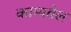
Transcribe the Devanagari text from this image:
काम्पबेल